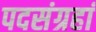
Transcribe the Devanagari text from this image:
पदसंग्रहां